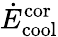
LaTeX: \dot{E}_{\mathrm{cool}}^{\mathrm{cor}}